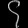
Digit: ၄